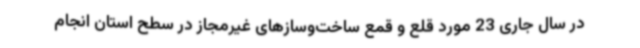
در سال جاری 23 مورد قلع و قمع ساخت‌وسازهای غیرمجاز در سطح استان انجام